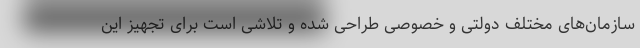
سازمان‌های مختلف دولتی و خصوصی طراحی شده و تلاشی است برای تجهیز این